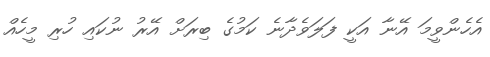
އެހެންވީމަ އޭނާ އަކީ ފަލަވެދާނެ ކަމުގެ ބިރަށް އޭރު ނުކައި ހުރި މީހެއް